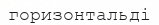
горизонтальді